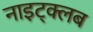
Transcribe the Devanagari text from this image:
नाइट्क्लब